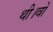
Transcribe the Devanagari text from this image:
थी।वो